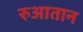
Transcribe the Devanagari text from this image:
रुआतान